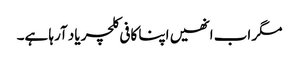
مگر اب انھیں اپنا کافی کلچر یاد آرہا ہے۔